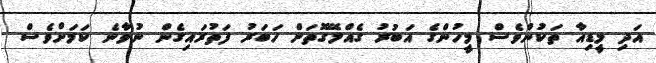
އަދި މީޑިއާ ތަކުންވެސް މީހުންގެ އަބުރު ގެއްލޭގޮތަށް ހަބަރު ފަތުރައިގެން ނުވާނެ ކަމަށްވެސް